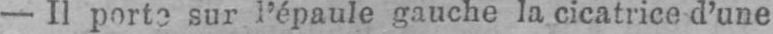
- Il porte sur l’épaule gauche la cicatrice d’une